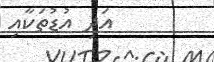
އަދި އުޑުތަކާއި